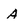
Character: A